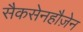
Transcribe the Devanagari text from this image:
सैकसेनहौज़ेन